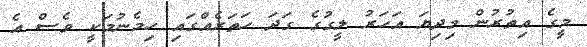
މީގެ އިތުރުން މިދިޔަ އަހަރު ލީގުގެ ގަދަ ހަތަރެއްގައި ހިމެނުމަކީ ވެސް އެ